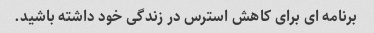
برنامه ای برای کاهش استرس در زندگی خود داشته باشید.